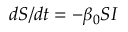
d S / d t = - \beta _ { 0 } S I